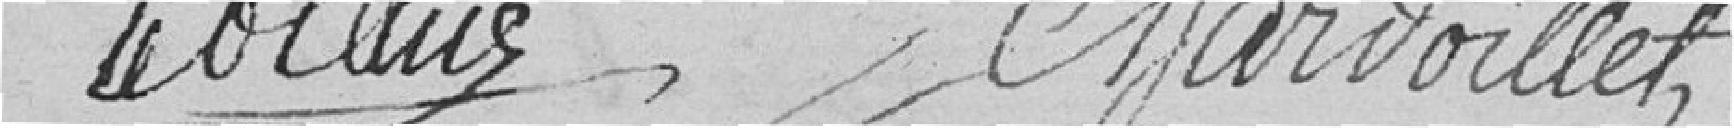
Le blanc Chardoillet